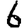
Digit: 6